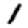
Digit: 1